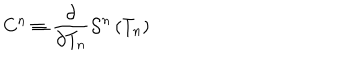
C ^ { n } \equiv \frac \partial { \partial T _ { n } } { \cal S } ^ { n } \left( T _ { n } \right)